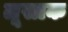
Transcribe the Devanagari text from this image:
लूसाक